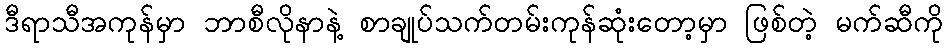
ဒီရာသီအကုန်မှာ ဘာစီလိုနာနဲ့ စာချုပ်သက်တမ်းကုန်ဆုံးတော့မှာ ဖြစ်တဲ့ မက်ဆီကို